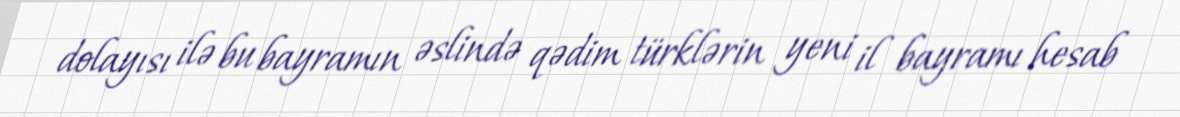
dolayısı ilə bu bayramın əslində qədim türklərin yeni il bayramı hesab